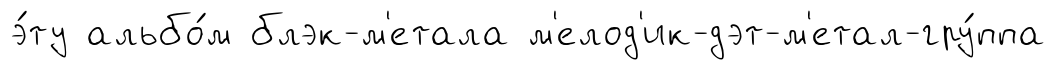
э́ту альбо́м блэк-м'етала м'елод'ик-дэт-м'етал-гру́ппа